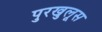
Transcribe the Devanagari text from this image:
पुरखुलूस